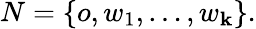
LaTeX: N=\{ o,w_{1},\ldots,w_{\mathbf{k}}\} .